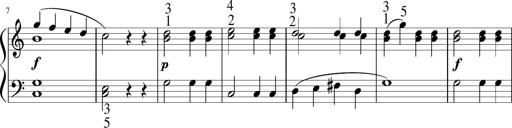
Title: 6 Instructive Sonatinas
Composer: Jacob Schmitt